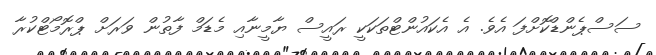
ސަސްޕެންޑްކޮށްފަ އެވެ. އެ އެކައުންޓްތަކަކީ ރައީސް ޔާމީނާއި މެޑަމް ފާތުން ވަރަށް ޕްރޮމޯޓްކުރާ